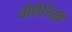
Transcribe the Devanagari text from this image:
बोछेरिनी